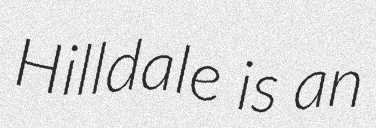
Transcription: Hilldale is an